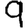
Digit: 9